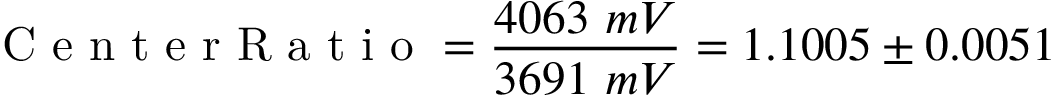
\mathrm { ~ C ~ e ~ n ~ t ~ e ~ r ~ R ~ a ~ t ~ i ~ o ~ } = \frac { 4 0 6 3 ~ m V } { 3 6 9 1 ~ m V } = 1 . 1 0 0 5 \pm 0 . 0 0 5 1